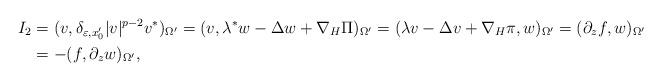
LaTeX: \begin{align*}I_2 &= (v, \delta_{\varepsilon, x_0'} |v|^{p-2}v^*)_{\Omega'} = (v, \lambda^* w - \Delta w + \nabla_H \Pi)_{\Omega'} = (\lambda v - \Delta v + \nabla_H\pi, w)_{\Omega'} = (\partial_z f, w)_{\Omega'} \\&= -(f, \partial_z w)_{\Omega'},\end{align*}